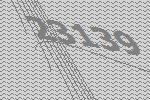
23139